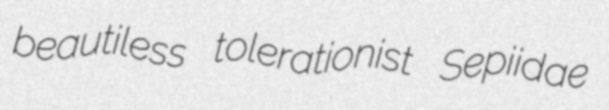
beautiless tolerationist Sepiidae